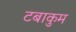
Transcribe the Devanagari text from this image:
टबाकुम